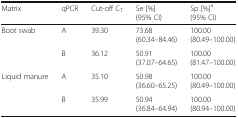
<table><thead><tr><td><b>Matrix</b></td><td><b>qPCR</b></td><td><b>Cut-off C<sub>T</sub></b></td><td><b>Se [%](95% CI)</b></td><td><b>Sp [%]<sup>a</sup>(95% CI)</b></td></tr></thead><tbody><tr><td rowspan="2">Boot swab</td><td>A</td><td>39.30</td><td>73.68(60.34–84.46)</td><td>100.00(80.49–100.00)</td></tr><tr><td>B</td><td>36.12</td><td>50.91(37.07–64.65)</td><td>100.00(81.47–100.00)</td></tr><tr><td rowspan="2">Liquid manure</td><td>A</td><td>35.10</td><td>50.98(36.60–65.25)</td><td>100.00(80.49–100.00)</td></tr><tr><td>B</td><td>35.99</td><td>50.94(36.84–64.94)</td><td>100.00(80.94–100.00)</td></tr></tbody></table>